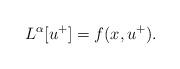
LaTeX: \begin{align*}L^\alpha[u^+]= f(x,u^+) .\end{align*}